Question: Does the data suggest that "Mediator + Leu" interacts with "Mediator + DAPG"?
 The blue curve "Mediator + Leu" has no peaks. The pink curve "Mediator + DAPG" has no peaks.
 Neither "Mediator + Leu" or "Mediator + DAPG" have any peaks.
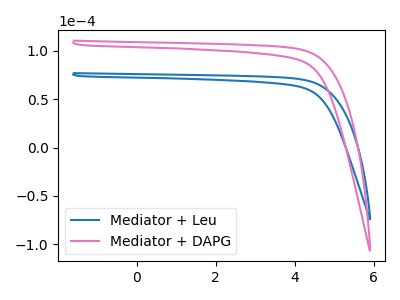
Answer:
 <answer>No, "Mediator + Leu" and "Mediator + DAPG" don't appear to be significantly different in shape</answer>
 <eval>no_change</eval>